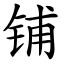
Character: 铺